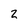
Character: 2